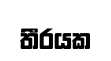
තීරයක